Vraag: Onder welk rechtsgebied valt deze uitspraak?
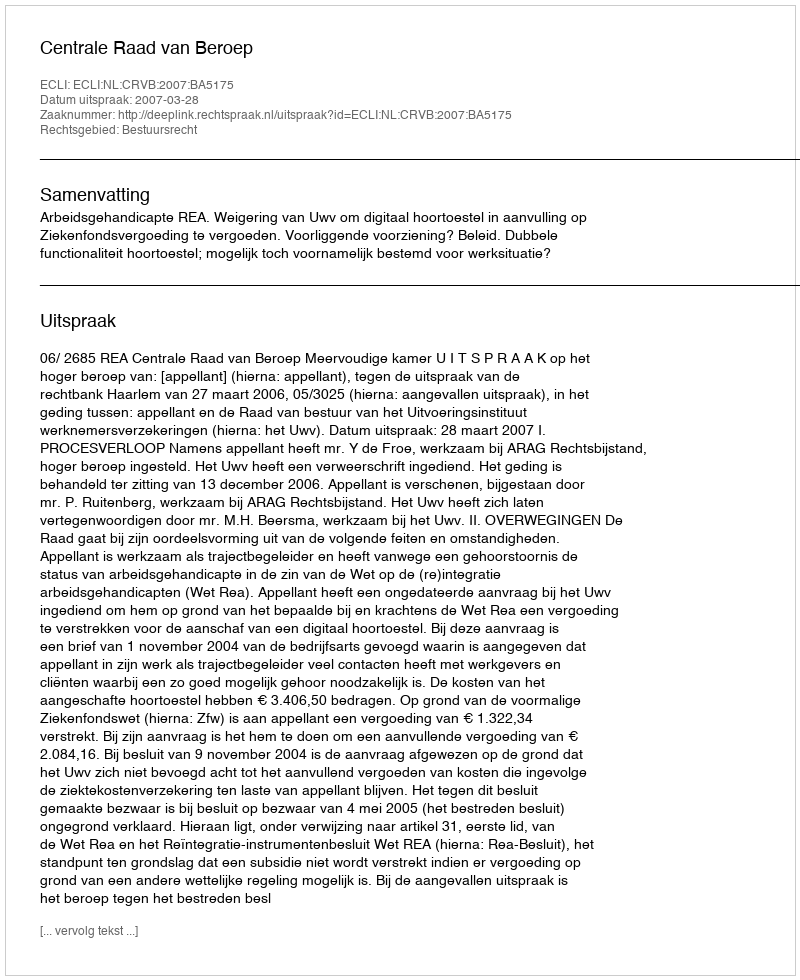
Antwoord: Bestuursrecht